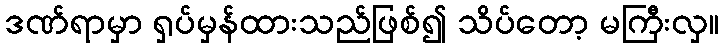
ဒဏ်ရာမှာ ရှပ်မှန်ထားသည်ဖြစ်၍ သိပ်တော့ မကြီးလှ။